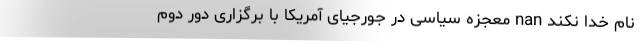
نام خدا نکند nan معجزه سیاسی در جورجیای آمریکا با برگزاری دور دوم